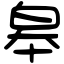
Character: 皋